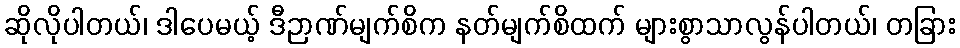
ဆိုလိုပါတယ်၊ ဒါပေမယ့် ဒီဉာဏ်မျက်စိက နတ်မျက်စိထက် များစွာသာလွန်ပါတယ်၊ တခြား